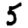
Digit: 5